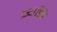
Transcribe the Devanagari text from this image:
व्यक्तिं